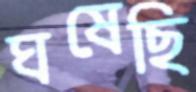
ঘষেছি